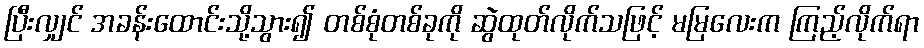
ပြီးလျှင် အခန်းထောင်းသို့သွား၍ တစ်စုံတစ်ခုကို ဆွဲထုတ်လိုက်သဖြင့် မမြလေးက ကြည့်လိုက်ရာ